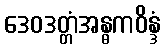
ဒေဝဒတ္တံအန္ဓကဝိန္ဒံ